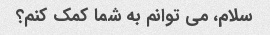
سلام، می توانم به شما کمک کنم؟